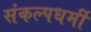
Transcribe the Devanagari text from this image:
संकल्पधर्मी